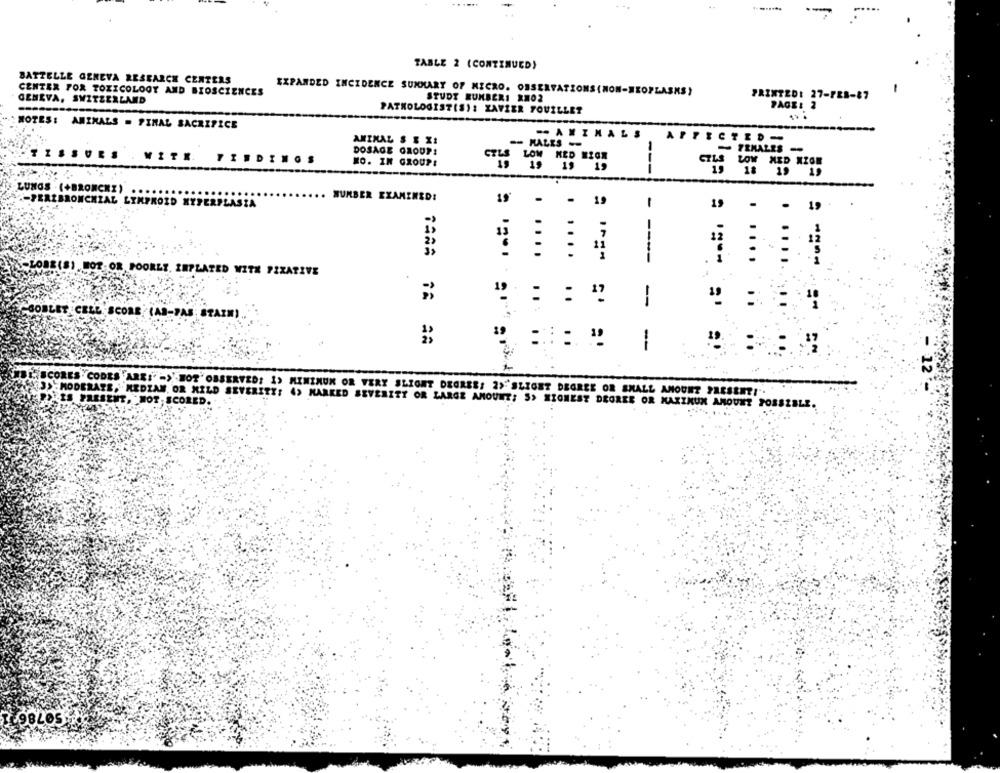
TABLE 2 (CONTINUED)
BATTELLE GENEVA RESEARCH CENTERS
CENTER FOR TOXICOLOGY AND BIOSCIENCES
EXPANDED INCIDENCE SUMMARY OF MICRO. OBSERVATIONS (NON-NEOPLASKS)
GENEVA, SWITZERLAND
STUDY NUMBERI RM02
PRINTED: 27-FEB-87
PAGE: 2
PATHOLOGIST(S): XAVIER FOUILLET
NOTES: ANIMALS = FINAL SACRIFICE
ANIMAL S E XI
-- ANIMALS
AFFECTED-
DOSAGE GROUPS
#DINOS
NO. IN GROUPS
LOW KED MIGR
---
CTLS LOW MED MIGE
LUNGS (+BRONCEE)
HUMBER EXAMINED!
19'
-PERLBRONCHIAL LYNFROID HYPERFL
- - 19
19
....
....
- ----
(8) HOT OR POORLY. INPLATED WITH FIZATIVE
:
:
-
ODLET CELL SCORE (AD-PAS STAIN)
: :: "
..
--
SCORES . CODES ARE:" ">'HOT'OBSERVED: I> MINIMUM OR VERY SLIGHT DEGREE: 2>"SLIGHT DEGREE OR SMALL AMOUNT PAESEET!".
IS PRESENT, MOT, SCORED.
(3)-MODERATE, MEDIAM, OR MILD SEVERITY: 4> MARKED SEVERITY OR LARGE AMOUNT; S> MIONEST DEGREE OR MAXIMUM AMOUNT POSSIBLE.